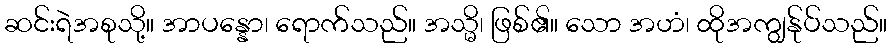
ဆင်းရဲအစုသို့။ အာပန္နော၊ ရောက်သည်။ အသ္မိ၊ ဖြစ်၏။ သော အဟံ၊ ထိုအကျွန်ုပ်သည်။